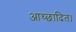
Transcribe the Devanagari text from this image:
आच्छादित।